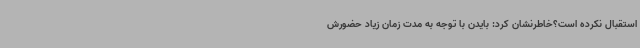
استقبال نکرده است؟خاطرنشان کرد: بایدن با توجه به مدت زمان زیاد حضورش